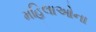
મહિલાઓના